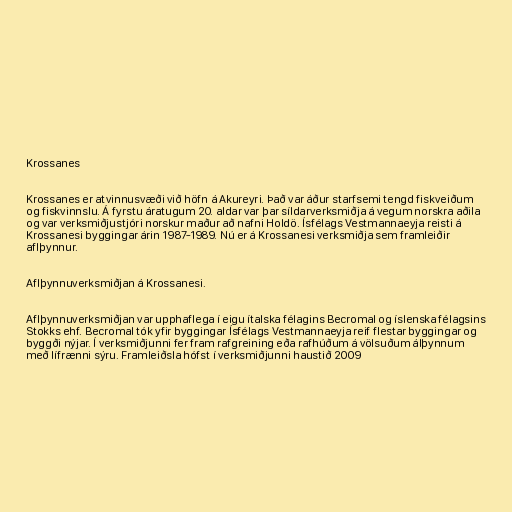
Krossanes

Krossanes er atvinnusvæði við höfn á Akureyri. Það var áður starfsemi tengd fiskveiðum
og fiskvinnslu. Á fyrstu áratugum 20. aldar var þar síldarverksmiðja á vegum norskra aðila
og var verksmiðjustjóri norskur maður að nafni Holdö. Ísfélags Vestmannaeyja reisti á
Krossanesi byggingar árin 1987-1989. Nú er á Krossanesi verksmiðja sem framleiðir
aflþynnur.

Aflþynnuverksmiðjan á Krossanesi.

Aflþynnuverksmiðjan var upphaflega í eigu ítalska félagins Becromal og íslenska félagsins
Stokks ehf. Becromal tók yfir byggingar Ísfélags Vestmannaeyja reif flestar byggingar og
byggði nýjar. Í verksmiðjunni fer fram rafgreining eða rafhúðum á völsuðum álþynnum
með lífrænni sýru. Framleiðsla hófst í verksmiðjunni haustið 2009